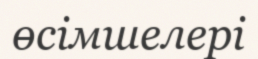
өсімшелері